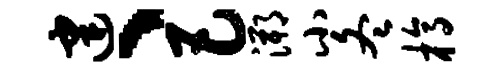
建、巴溯小冬槁